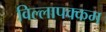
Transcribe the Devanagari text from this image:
विल्लापक्कम